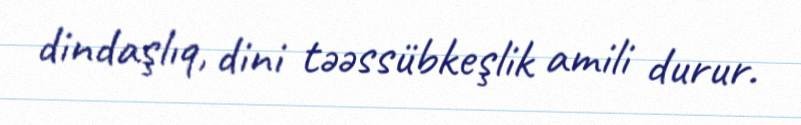
dindaşlıq, dini təəssübkeşlik amili durur.